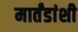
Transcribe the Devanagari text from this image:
मार्तंडांशी